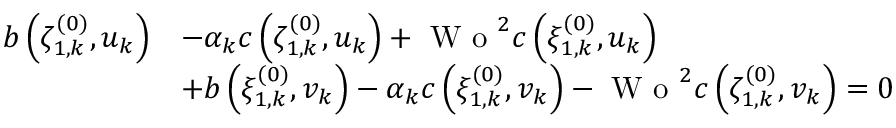
\begin{array} { r l } { b \left( \zeta _ { 1 , k } ^ { ( 0 ) } , u _ { k } \right) } & { - \alpha _ { k } c \left( \zeta _ { 1 , k } ^ { ( 0 ) } , u _ { k } \right) + \textrm { W o } ^ { 2 } c \left( \xi _ { 1 , k } ^ { ( 0 ) } , u _ { k } \right) } \\ & { + b \left( \xi _ { 1 , k } ^ { ( 0 ) } , v _ { k } \right) - \alpha _ { k } c \left( \xi _ { 1 , k } ^ { ( 0 ) } , v _ { k } \right) - \textrm { W o } ^ { 2 } c \left( \zeta _ { 1 , k } ^ { ( 0 ) } , v _ { k } \right) = 0 } \end{array}